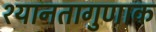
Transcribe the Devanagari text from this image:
श्यानतागुणाक